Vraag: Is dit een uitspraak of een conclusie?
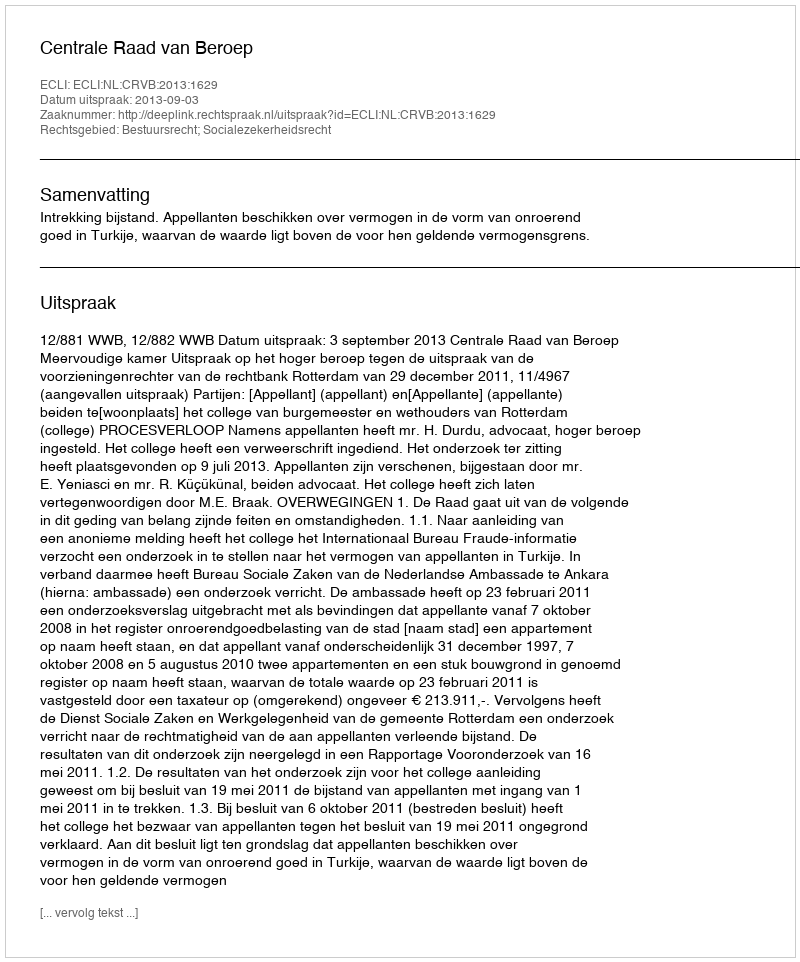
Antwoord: Uitspraak